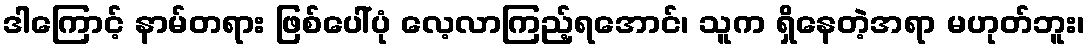
ဒါကြောင့် နာမ်တရား ဖြစ်ပေါ်ပုံ လေ့လာကြည့်ရအောင်၊ သူက ရှိနေတဲ့အရာ မဟုတ်ဘူး၊